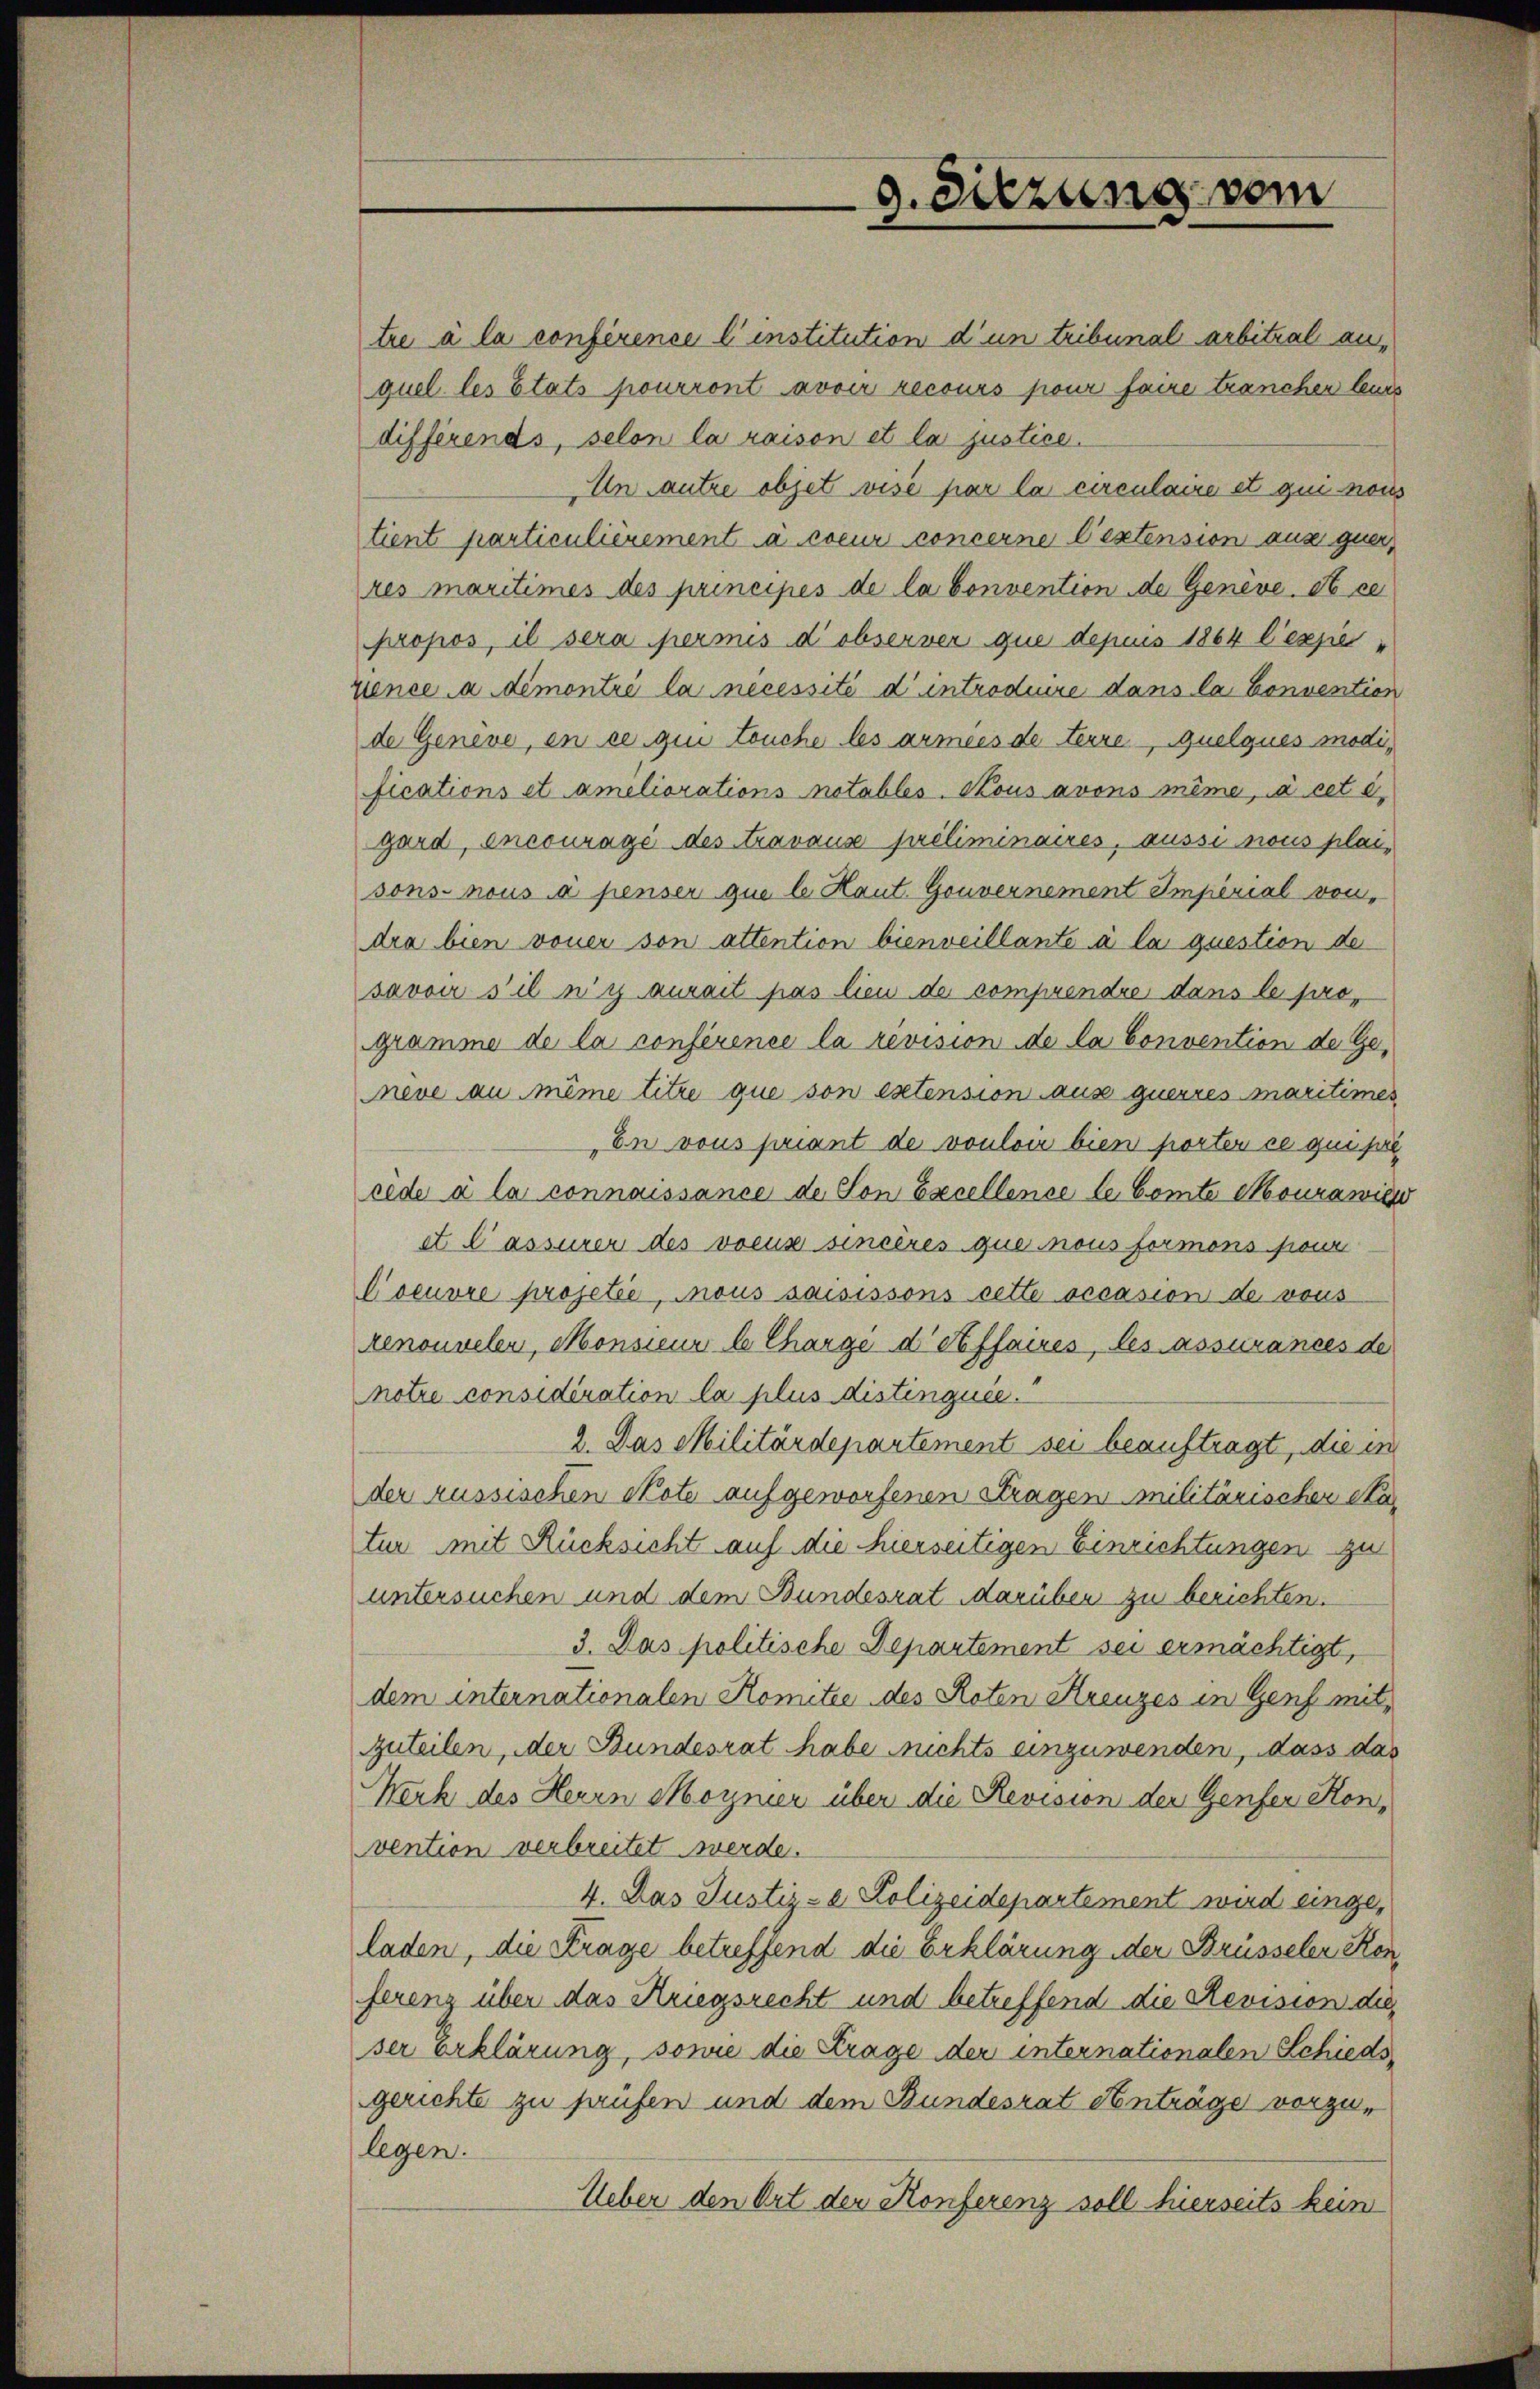
tre à la conférence l’institution d’un tribunal arbitral anquel les Etats pourront avoir recours pour faire tranchen leurs
differends, selon la raison et la justice.
Un autre objet vise par la circulaire et qui nous
tient particulièrement à coeur concerne l’extension aus quer,
res maritimes des principés de la Convention de Genève, et ce
propos, il sera permis d observer que depuus 1864 lexpezience a démontré la necessité d’ introdeure dans la Convention
de Geneve, en ce qui touche les armees de terre Quelques modifications et améliorations notables. Kous avons même, à cet é
gard, encourage des travause préliminaires, ausse nous plai-
sons- nous a penser que le Haut. Gouvernement Imperial von
dra bien voner son attention bienveillante à la question de
savoir s’il n’y aurait pas lieu de comprendre dans le programme de la conférence la revision de la Convention der Geneve au même titre que son extension ause querres maritimes
„En vous priant de voulon bien porten ce questel
cede à la connaissance der Son Esecellence le Comte Courawic
et Cassurer des voeuse sincères que nous formens siene
Coeuvre projetée, mous saisissons cette occasion de vous
renouvelen, Monsieur le Charge detffaires, les assurances de
notre considération la plus distinguée.
2. Das Militärdepartement sei beauftragt, die in
der russischen Note aufgeworfenen Stragen militärischer eta
tur mit Rücksicht auf die hierseitigen Einrichtungen zu
untersuchen und dem Bundesrat darüben zu berichten.
3. Das politische Departement sei ermächtigt,
dem internationalen Komitée des Roten Kreuzes in Genf mit¬
Zuteilen, der Bundesrat habe nichts einzuwenden, dass das
Werk des Herrn Moyner über die Revision der Genfer Konvention verbreitet werde.
4. Das Justiz- & Polizeidepartement wird einge,
laden, die Krage betreffend die Erklärung der Brüsseler Konferenz über das Kriegsrecht und betreffend die Revision dies
ser Erklärung, sowie die Krage der internationalen Schiedsgerichte zu prüfen und dem Bundesrat Anträge vorzulegen.
Ueber den Ort der Konferenz soll hierseits kein

9. Sitzung vom